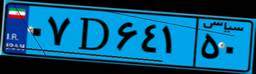
۰۷D۶۴۱۵۰